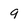
Character: 9